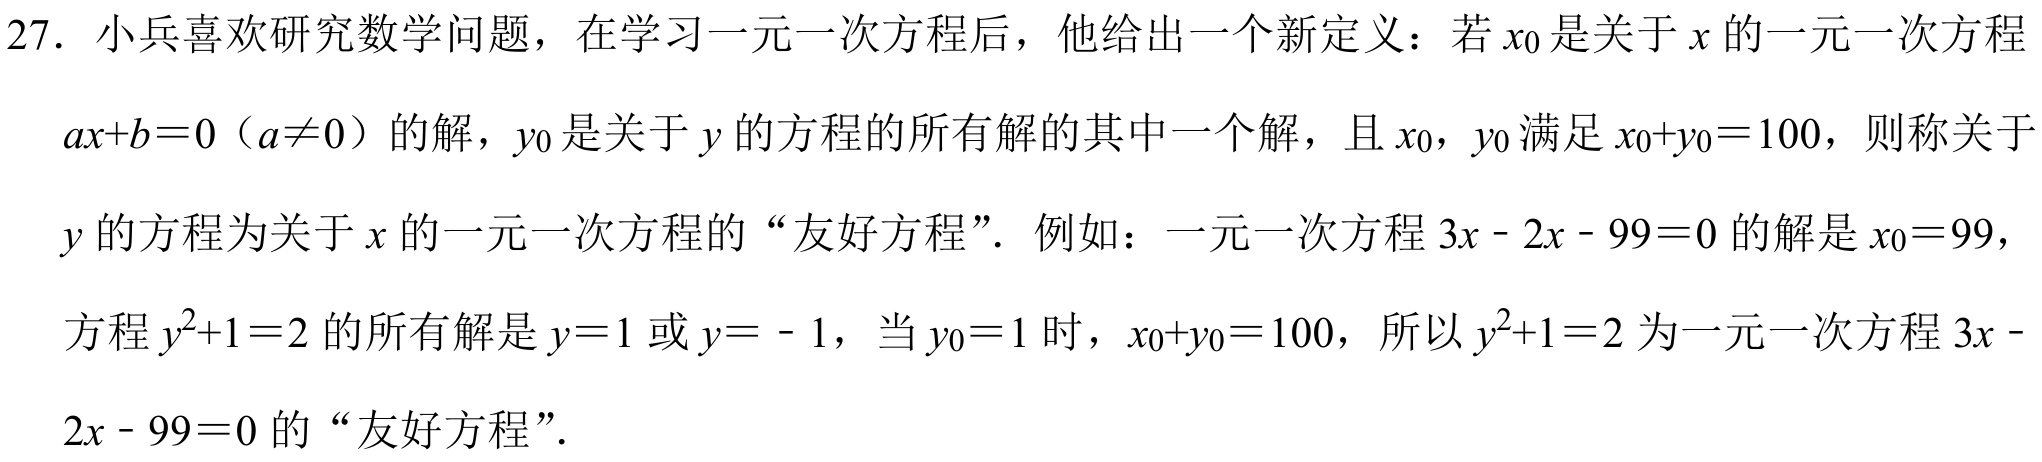
27. 小兵喜欢研究数学问题，在学习一元一次方程后，他给出一个新定义：若\(x_{0}\)是关于\(x\)的一元一次方程\(ax + b = 0（a\neq0）\)的解，\(y_{0}\)是关于\(y\)的方程的所有解的其中一个解，且\(x_{0}\)，\(y_{0}\)满足\(x_{0}+y_{0}=100\)，则称关于\(y\)的方程为关于\(x\)的一元一次方程的“友好方程”. 例如：一元一次方程\(3x - 2x - 99 = 0\)的解是\(x_{0}=99\)，方程\(y^{2}+1 = 2\)的所有解是\(y = 1\)或\(y = - 1\)，当\(y_{0}=1\)时，\(x_{0}+y_{0}=100\)，所以\(y^{2}+1 = 2\)为一元一次方程\(3x - 2x - 99 = 0\)的“友好方程”.